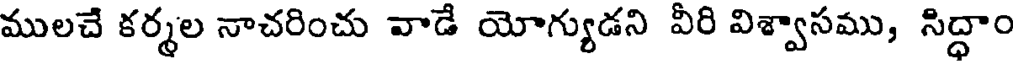
ములచే కర్మల నాచరించు వాడే యోగ్యుడని వీరి విశ్వాసము, సిద్ధాం